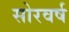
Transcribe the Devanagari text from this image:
सोरवर्ष